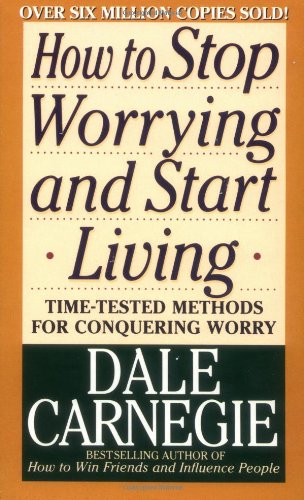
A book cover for How to Stop Worrying and Start Living; Dale Carnegie; Self-Help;